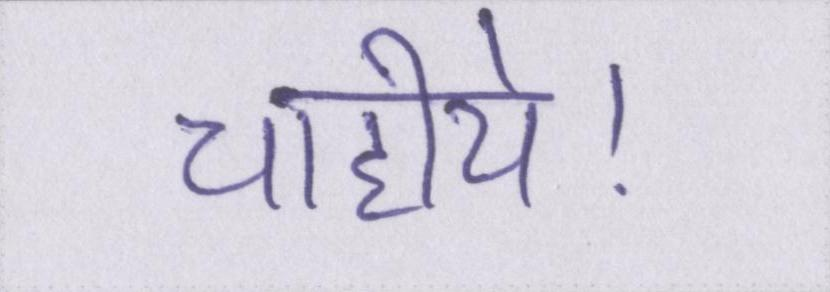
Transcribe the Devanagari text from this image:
चाहीये।